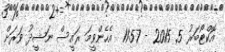
އޮކްޓޯބަރު 5